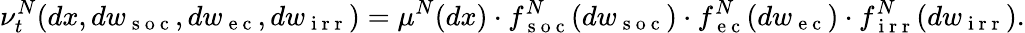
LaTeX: \nu_{t}^{N}(dx,dw_{\mathrm{~s~o~c~}},dw_{\mathrm{~e~c~}},dw_{\mathrm{~i~r~r~}})=\mu^{N}(dx)\cdot f_{\mathrm{~s~o~c~}}^{N}(dw_{\mathrm{~s~o~c~}})\cdot f_{\mathrm{~e~c~}}^{N}(dw_{\mathrm{~e~c~}})\cdot f_{\mathrm{~i~r~r~}}^{N}(dw_{\mathrm{~i~r~r~}}).